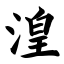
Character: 湟